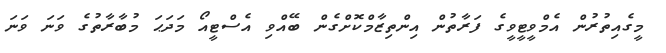
މީގެއިތުރުން އެމްވީޓީވީގެ ފަރާތުން އިންތިޒާމްކޮށްގެން ބޭއްވި އެސްޓީއޯ މަދަޙަ މުބާރާތުގެ ވަނަ ވަނަ